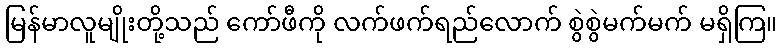
မြန်မာလူမျိုးတို့သည် ကော်ဖီကို လက်ဖက်ရည်လောက် စွဲစွဲမက်မက် မရှိကြ။